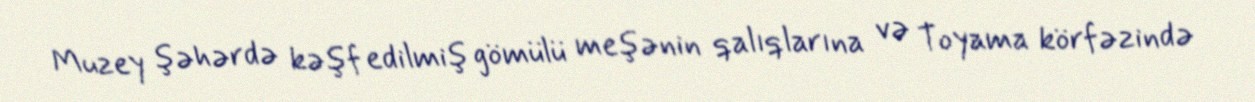
Muzey şəhərdə kəşf edilmiş gömülü meşənin qalıqlarına və Toyama körfəzində